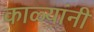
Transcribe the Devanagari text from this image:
काळ्यांनी